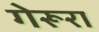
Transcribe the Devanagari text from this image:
गेरूरा